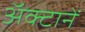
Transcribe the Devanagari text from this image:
अॅक्टानें